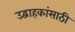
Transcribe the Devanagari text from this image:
उद्वाहकांसाठी